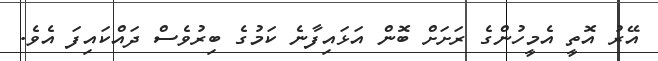
އޭރު އޮތީ އެމީހުންގެ ރަށަށް ބޮން އަޅައިފާނެ ކަމުގެ ބިރުވެސް ދައްކައިފަ އެވެ.